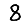
Digit: 8